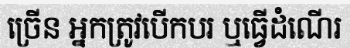
ច្រើន អ្នកត្រូវបើកបរ ឬធ្វើដំណើរ